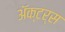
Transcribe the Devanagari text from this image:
ॲक्टर्स